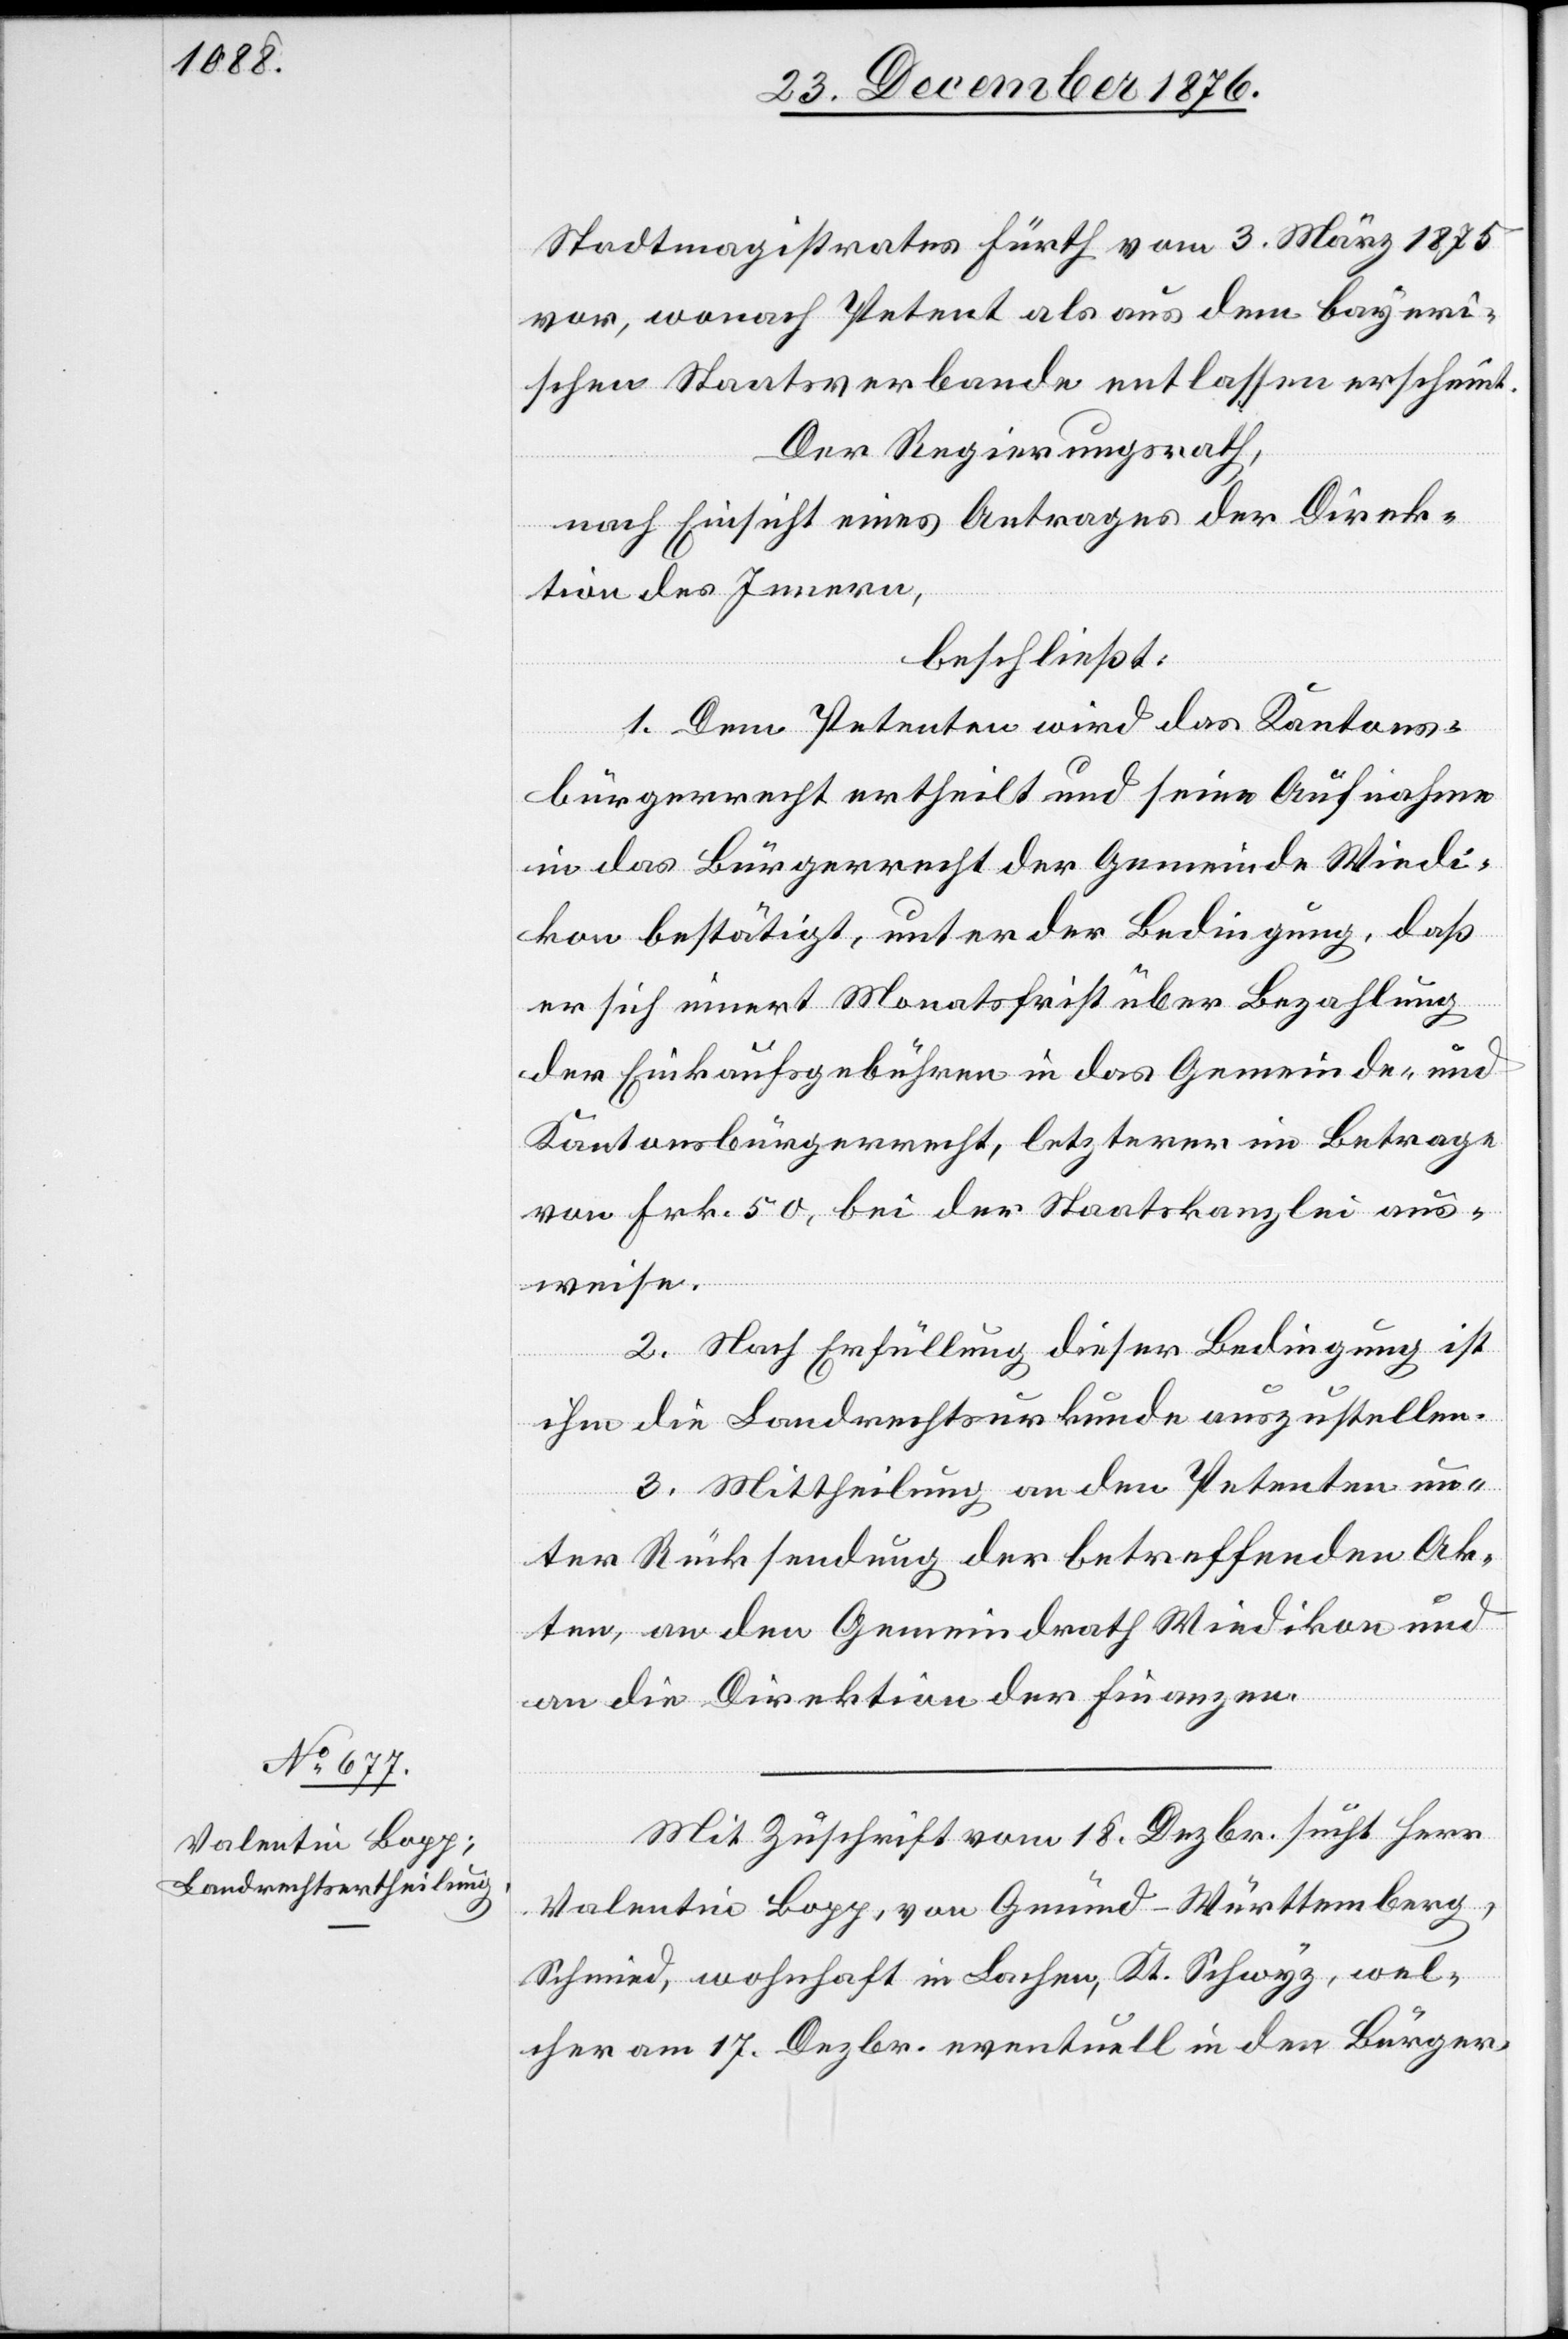
Mit Zuschrift vom 18. Dezbr. sucht Herr
Valentin Bopp, von Gmünd - Württemberg,
Schmied, wohnhaft in Lachen, Kt. Schwyz, wel¬
cher am 17. Dezbr. eventuell in den Bürger-